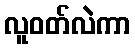
လူဝတ်လဲကာ